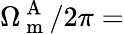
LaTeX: \Omega_{\mathrm{~m~}}^{\mathrm{~A~}}/2\pi=